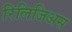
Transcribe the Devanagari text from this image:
रिलिजिअस